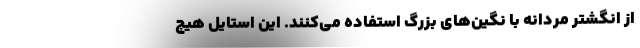
از انگشتر مردانه با نگین‌های بزرگ استفاده می‌کنند. این استایل هیچ